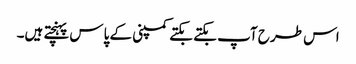
اس طرح آپ بکتے بکتے کمپنی کے پاس پہنچتے ہیں۔